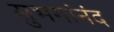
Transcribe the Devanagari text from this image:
सुभगांनंद